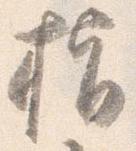
指